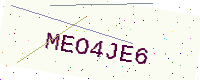
Text: MEO4JE6